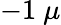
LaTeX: -1~\mu